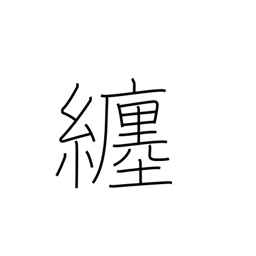
Meaning: follow around